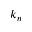
k _ { n }